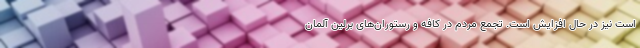
است نیز در حال افزایش است. تجمع مردم در کافه و رستوران‌های برلین آلمان